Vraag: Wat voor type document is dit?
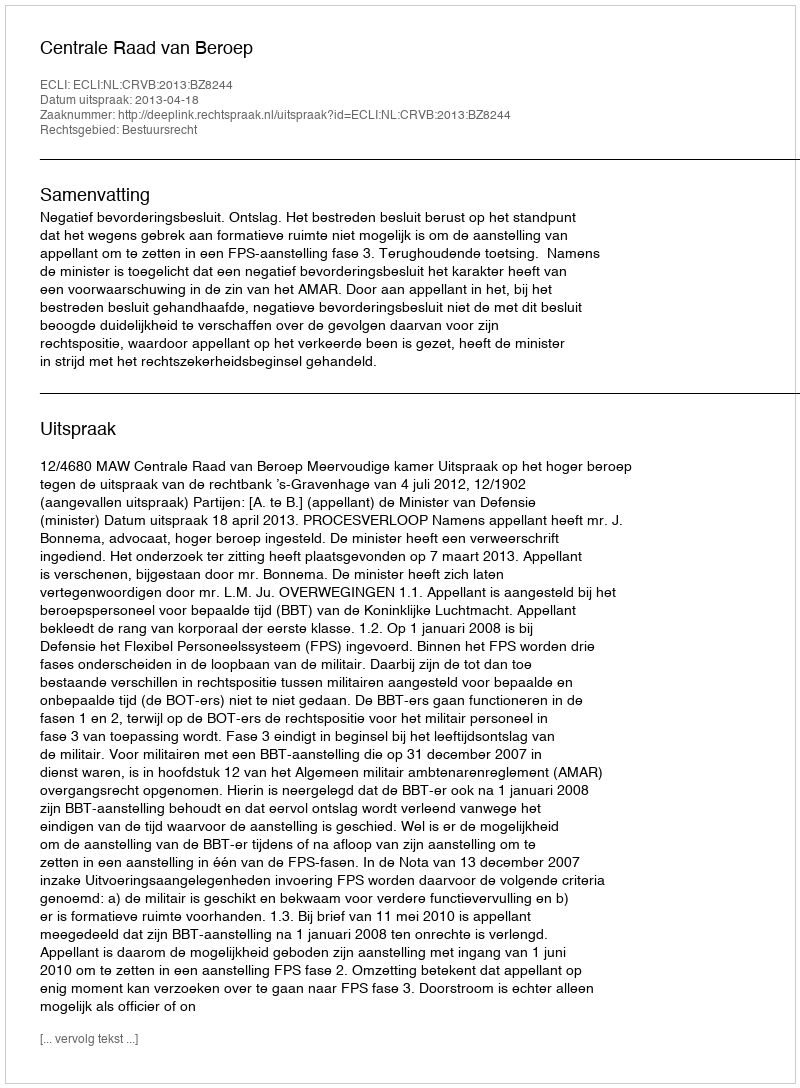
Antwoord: Uitspraak